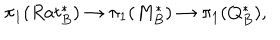
LaTeX: \pi _ { 1 } ( R a t _ { B } ^ { * } ) \to \pi _ { 1 } ( M _ { B } ^ { * } ) \to \pi _ { 1 } ( Q _ { B } ^ { * } ) ,